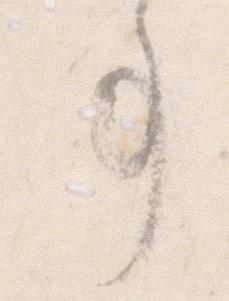
事